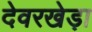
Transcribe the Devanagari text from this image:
देवरखेड़ा